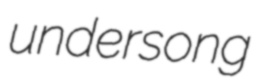
undersong